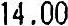
14.00